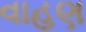
વાહણ